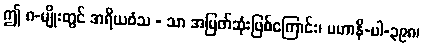
ဤ ၈-မျိုးတွင် အရိယဝံသ - သာ အမြတ်ဆုံးဖြစ်ကြောင်း၊ မဟာနိ-ပါ-၃၉၈၊